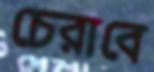
চেরাবে